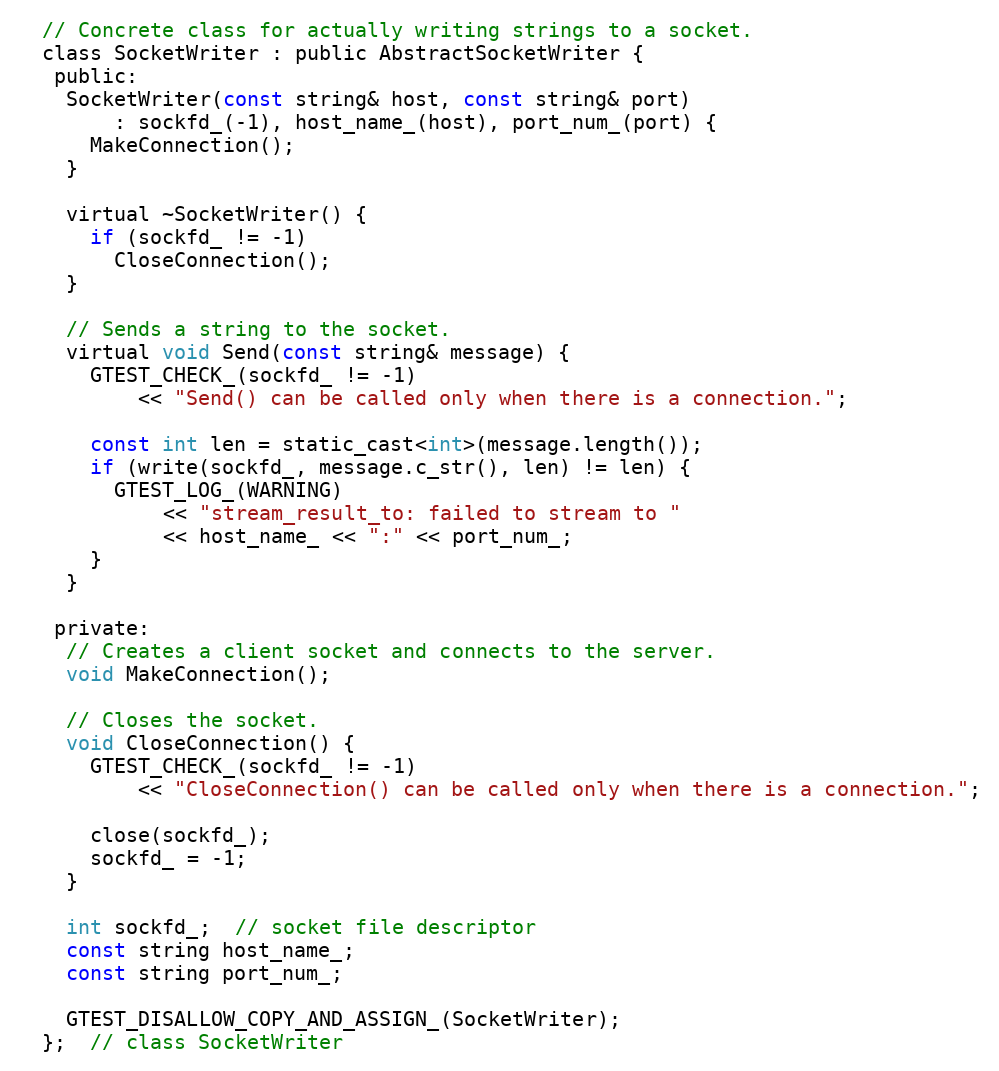
Language: C
  // Concrete class for actually writing strings to a socket.
  class SocketWriter : public AbstractSocketWriter {
   public:
    SocketWriter(const string& host, const string& port)
        : sockfd_(-1), host_name_(host), port_num_(port) {
      MakeConnection();
    }

    virtual ~SocketWriter() {
      if (sockfd_ != -1)
        CloseConnection();
    }

    // Sends a string to the socket.
    virtual void Send(const string& message) {
      GTEST_CHECK_(sockfd_ != -1)
          << "Send() can be called only when there is a connection.";

      const int len = static_cast<int>(message.length());
      if (write(sockfd_, message.c_str(), len) != len) {
        GTEST_LOG_(WARNING)
            << "stream_result_to: failed to stream to "
            << host_name_ << ":" << port_num_;
      }
    }

   private:
    // Creates a client socket and connects to the server.
    void MakeConnection();

    // Closes the socket.
    void CloseConnection() {
      GTEST_CHECK_(sockfd_ != -1)
          << "CloseConnection() can be called only when there is a connection.";

      close(sockfd_);
      sockfd_ = -1;
    }

    int sockfd_;  // socket file descriptor
    const string host_name_;
    const string port_num_;

    GTEST_DISALLOW_COPY_AND_ASSIGN_(SocketWriter);
  };  // class SocketWriter